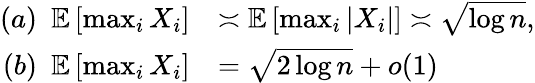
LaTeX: \begin{array}{rl}{(a)\ \ \mathbb{E}\left[\operatorname*{max}_{i}X_{i}\right]}&{\asymp\mathbb{E}\left[\operatorname*{max}_{i}|X_{i}|\right]\asymp\sqrt{\log n},}\\ {(b)\ \ \mathbb{E}\left[\operatorname*{max}_{i}X_{i}\right]}&{=\sqrt{2\log n}+o(1)}\end{array}